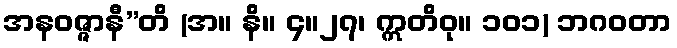
အနဝဇ္ဇာနီ”တိ (အ။ နိ။ ၄။၂၇၊ ဣတိဝု။ ၁၀၁) ဘဂဝတာ